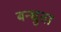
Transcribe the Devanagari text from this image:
बन्धुता